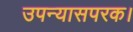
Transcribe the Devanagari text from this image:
उपन्यासपरक।